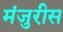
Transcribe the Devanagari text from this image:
मंजुरीस